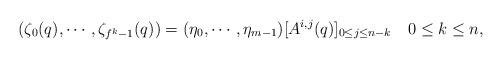
LaTeX: \begin{align*}(\zeta_0(q), \cdots, \zeta_{f^k-1}(q))=(\eta_0, \cdots, \eta_{m-1})[A^{i,j}(q)]_{0\leq j\leq n-k} \quad0\leq k\leq n,\end{align*}